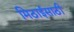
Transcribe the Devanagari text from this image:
मिठाईसाठी